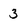
Character: 3